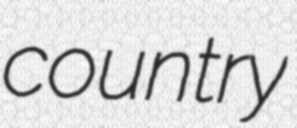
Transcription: country